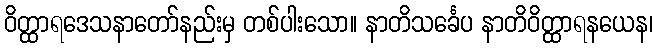
ဝိတ္ထာရဒေသနာတော်နည်းမှ တစ်ပါးသော။ နာတိသင်္ခေပ နာတိဝိတ္ထာရနယေန၊